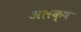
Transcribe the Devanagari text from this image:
अलक्ष